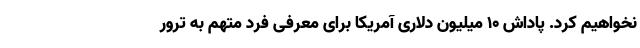
نخواهیم کرد. پاداش 10 میلیون دلاری آمریکا برای معرفی فرد متهم به ترور